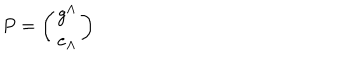
P = \left( \begin{matrix} { { g ^ { \Lambda } } } \\ { { e _ { \Lambda } } } \\ \end{matrix} \right)